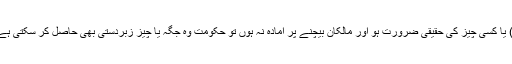
چوتھی صورت: یہ ہے کہ حکومت کو مقاصدِ عامہ کے لئے کسی جگہ( جیسے دوکان،گھر وغیرہ) یا کسی چیز کی حقیقی ضرورت ہو اور مالکان بیچنے پر آمادہ نہ ہوں تو حکومت وہ جگہ یا چیز زبردستی بھی حاصل کر سکتی ہے، تاہم حکومت پر فرض ہو گا کہ مالکان کو مارکیٹ ریٹ کے حساب سے قیمت کی ادائیگی کرے۔